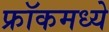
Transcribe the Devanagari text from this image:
फ्रॉकमध्ये